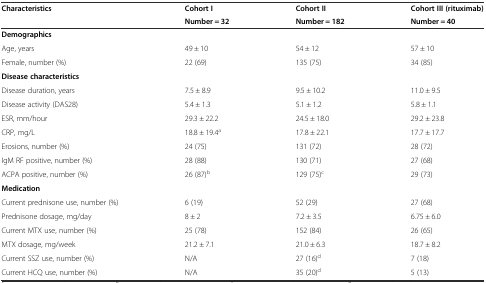
<table><thead><tr><td><b>Characteristics</b></td><td><b>Cohort I</b></td><td><b>Cohort II</b></td><td><b>Cohort III (rituximab)</b></td></tr><tr><td></td><td><b>Number = 32</b></td><td><b>Number = 182</b></td><td><b>Number = 40</b></td></tr></thead><tbody><tr><td><b>Demographics</b></td><td></td><td></td><td></td></tr><tr><td>Age, years</td><td>49 ± 10</td><td>54 ± 12</td><td>57 ± 10</td></tr><tr><td>Female, number (%)</td><td>22 (69)</td><td>135 (75)</td><td>34 (85)</td></tr><tr><td><b>Disease characteristics</b></td><td></td><td></td><td></td></tr><tr><td>Disease duration, years</td><td>7.5 ± 8.9</td><td>9.5 ± 10.2</td><td>11.0 ± 9.5</td></tr><tr><td>Disease activity (DAS28)</td><td>5.4 ± 1.3</td><td>5.1 ± 1.2</td><td>5.8 ± 1.1</td></tr><tr><td>ESR, mm/hour</td><td>29.3 ± 22.2</td><td>24.5 ± 18.0</td><td>29.2 ± 23.8</td></tr><tr><td>CRP, mg/L</td><td>18.8 ± 19.4<sup>a</sup></td><td>17.8 ± 22.1</td><td>17.7 ± 17.7</td></tr><tr><td>Erosions, number (%)</td><td>24 (75)</td><td>131 (72)</td><td>28 (72)</td></tr><tr><td>IgM RF positive, number (%)</td><td>28 (88)</td><td>130 (71)</td><td>27 (68)</td></tr><tr><td>ACPA positive, number (%)</td><td>26 (87)<sup>b</sup></td><td>129 (75)<sup>c</sup></td><td>29 (73)</td></tr><tr><td><b>Medication</b></td><td></td><td></td><td></td></tr><tr><td>Current prednisone use, number (%)</td><td>6 (19)</td><td>52 (29)</td><td>27 (68)</td></tr><tr><td>Prednisone dosage, mg/day</td><td>8 ± 2</td><td>7.2 ± 3.5</td><td>6.75 ± 6.0</td></tr><tr><td>Current MTX use, number (%)</td><td>25 (78)</td><td>152 (84)</td><td>26 (65)</td></tr><tr><td>MTX dosage, mg/week</td><td>21.2 ± 7.1</td><td>21.0 ± 6.3</td><td>18.7 ± 8.2</td></tr><tr><td>Current SSZ use, number (%)</td><td>N/A</td><td>27 (16)<sup>d</sup></td><td>7 (18)</td></tr><tr><td>Current HCQ use, number (%)</td><td>N/A</td><td>35 (20)<sup>d</sup></td><td>5 (13)</td></tr></tbody></table>